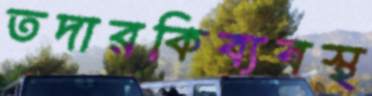
তদারকিব্যবস্থ